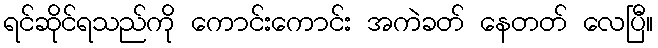
ရင်ဆိုင်ရသည်ကို ကောင်းကောင်း အကဲခတ် နေတတ် လေပြီ။